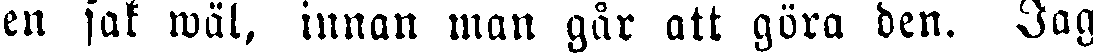
en sak wäl, innan man går att göra den. Jag